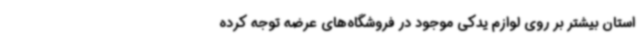
استان بیشتر بر روی لوازم یدکی موجود در فروشگاه‌های عرضه توجه کرده